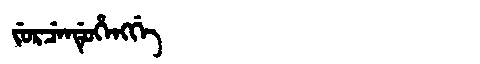
Manchu: ᠵᡠᡵᠴᡝᠨᡩᡠᡥᡝᠩᡤᡝ
Romanization: JURCENDUHENGGE